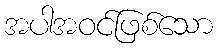
အပါအဝင်ဖြစ်သော